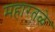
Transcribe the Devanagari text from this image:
महारतळे